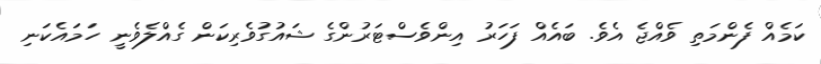
ކަމެއް ފެންމަތި ވެއްޖެ އެވެ. ބައެއް ފަހަރު އިންވެސްޓަރުންގެ ޝައުގުވެރިކަން ގެއްލެވެނީ ހަމައެކަނި